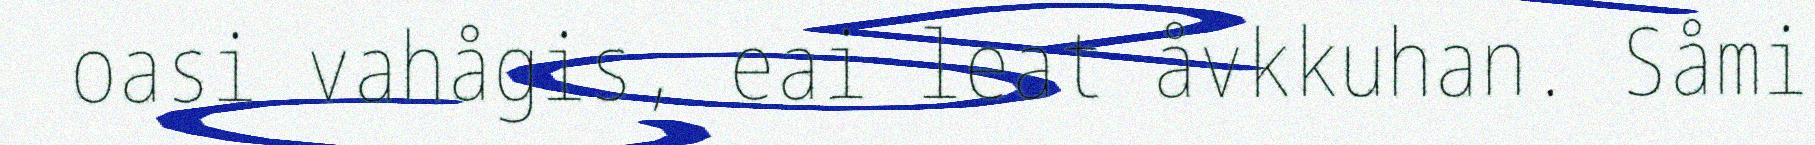
oasi vahågis, eai leat åvkkuhan. Såmi